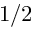
1 / 2